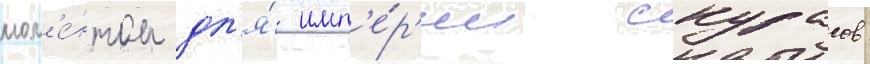
мом'е́нтом дл'я́ имп'е́р'ии скурасов: